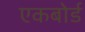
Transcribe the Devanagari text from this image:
एकबोर्ड